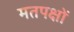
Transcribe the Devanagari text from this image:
मतपक्षों